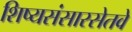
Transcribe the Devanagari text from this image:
शिष्यसंसारसेतवे